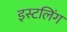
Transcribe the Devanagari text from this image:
इस्टलिंग